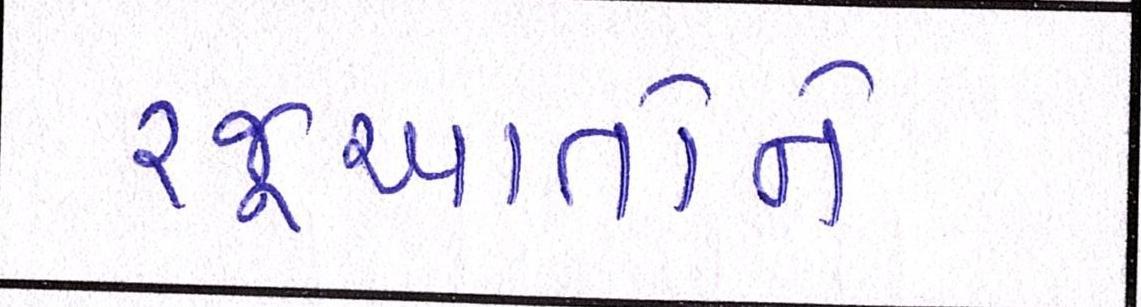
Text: રજૂઆતોને